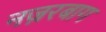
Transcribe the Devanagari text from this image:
नज़रबाग